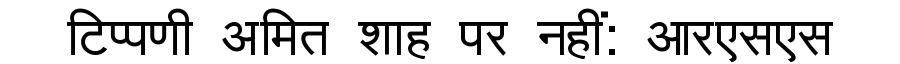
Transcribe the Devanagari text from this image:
टिप्पणी अमित शाह पर नहीं: आरएसएस